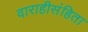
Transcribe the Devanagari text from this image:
वाराहीसंहिता